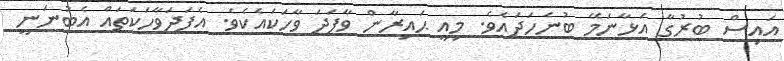
އައިސް ބުރުގާ އަޅާނަމޭ ބުނެހަދައެވެ. މިއީ ޙައިރާން ވާފަދަ ވާހަކައެކެވެ. އެފަދަވާހަކަތައް އެބުނަނީ